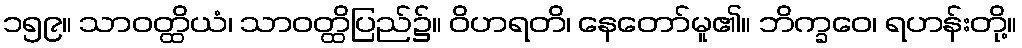
၁၅၉။ သာဝတ္ထိယံ၊ သာဝတ္ထိပြည်၌။ ဝိဟရတိ၊ နေတော်မူ၏။ ဘိက္ခဝေ၊ ရဟန်းတို့။